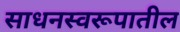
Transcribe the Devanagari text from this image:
साधनस्वरूपातील